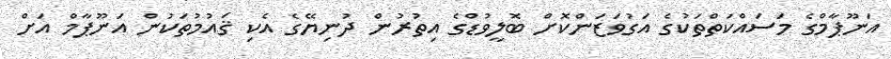
އަނޫޕާމްގެ މަސައްކަތްތަކުގެ އަގުވަޒަންކޮށް ބޮލީވުޑްގެ އިތުރުން ދުނިޔޭގެ އެކި ޤައުމުތަކުން އަނޫޕާމް އަށް